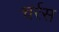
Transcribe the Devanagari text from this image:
चर्रस